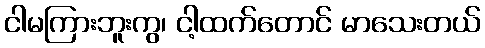
ငါမကြားဘူးကွ၊ ငါ့ထက်တောင် မာသေးတယ်